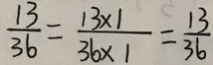
\frac { 1 3 } { 3 6 } = \frac { 1 3 \times 1 } { 3 6 \times 1 } = \frac { 1 3 } { 3 6 }